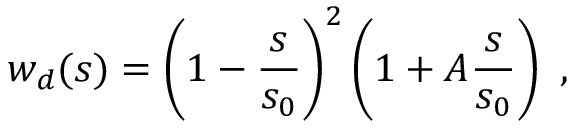
w _ { d } ( s ) = \left( 1 - { \frac { s } { s _ { 0 } } } \right) ^ { 2 } \left( 1 + A { \frac { s } { s _ { 0 } } } \right) \ ,